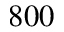
8 0 0